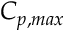
C _ { p , m a x }